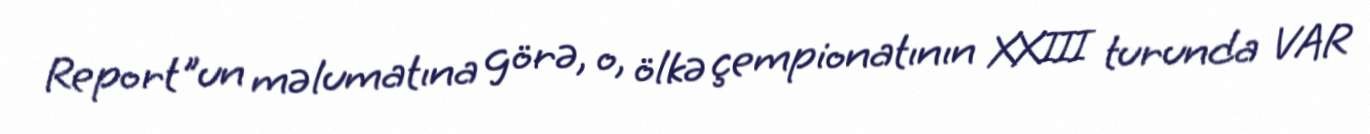
Report"un məlumatına görə, o, ölkə çempionatının XXIII turunda VAR